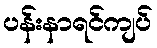
ပန်းနာရင်ကျပ်